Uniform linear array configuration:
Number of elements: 16
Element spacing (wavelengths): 0.25
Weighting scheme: blackman
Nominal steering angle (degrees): -45
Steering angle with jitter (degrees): -43.311
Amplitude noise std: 0.05
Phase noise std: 0.05

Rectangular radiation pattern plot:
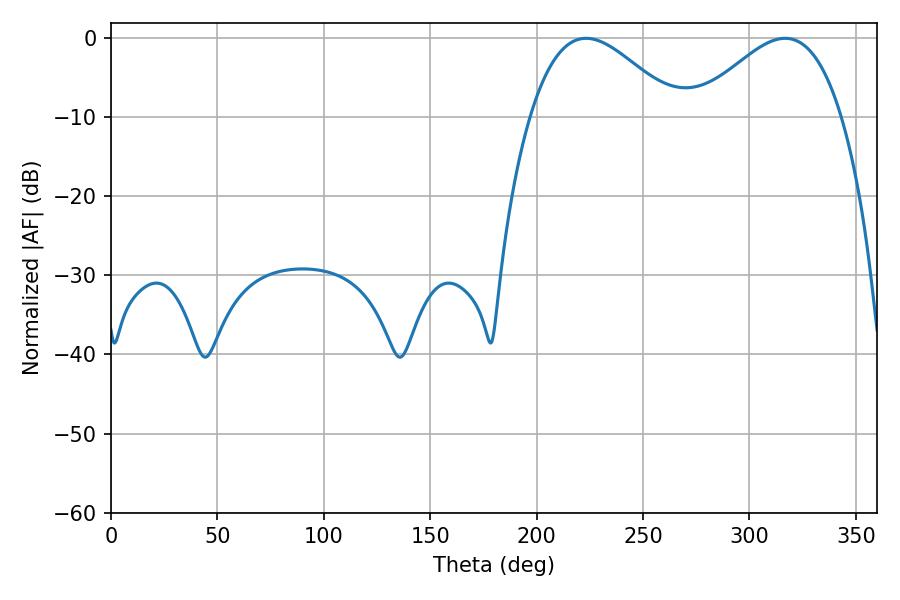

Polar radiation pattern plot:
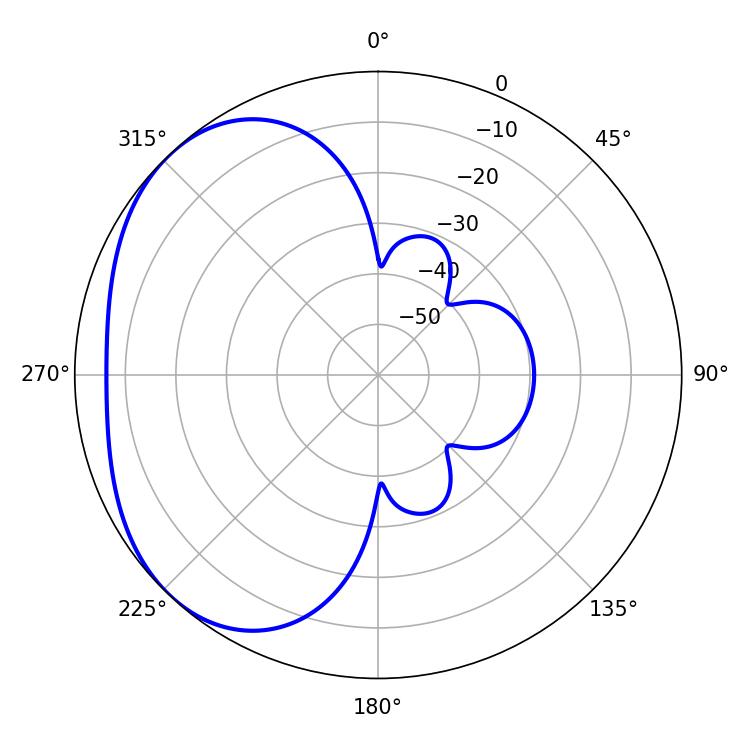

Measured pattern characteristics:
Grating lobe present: FALSE
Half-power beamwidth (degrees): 37.08
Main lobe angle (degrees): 223.2